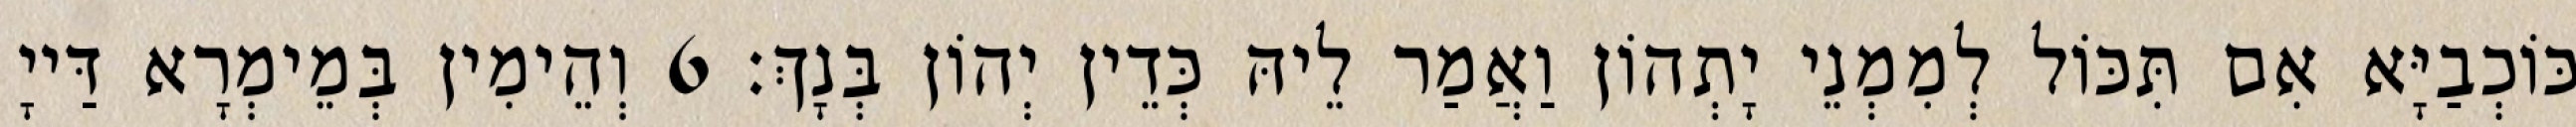
כּוֹכְבַיָּא אִם תִּכּוֹל לְמִמְנֵי יָתְהוֹן וַאֲמַר לֵיהּ כְּדֵין יְהוֹן בְּנָךְ׃ 6 וְהֵימִין בְּמֵימְרָא דַּייָ